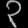
Digit: ၃